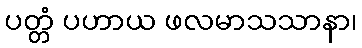
ပတ္တံ ပဟာယ ဖလမာသသာနာ၊